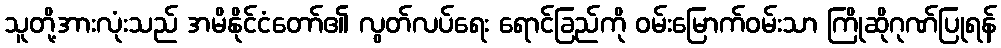
သူတို့အားလုံးသည် အမိနိုင်ငံတော်၏ လွတ်လပ်ရေး ရောင်ခြည်ကို ဝမ်းမြောက်ဝမ်းသာ ကြိုဆိုဂုဏ်ပြုရန်